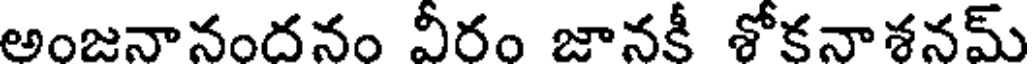
అంజనానందనం వీరం జానకీ శోకనాశనమ్